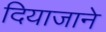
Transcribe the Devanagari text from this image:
दियाजाने